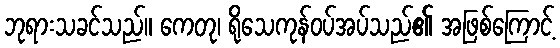
ဘုရားသခင်သည်။ ကေတု၊ ရိုသေကုန်ဝပ်အပ်သည်၏ အဖြစ်ကြောင့်